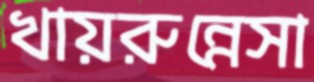
খায়রুন্নেসা